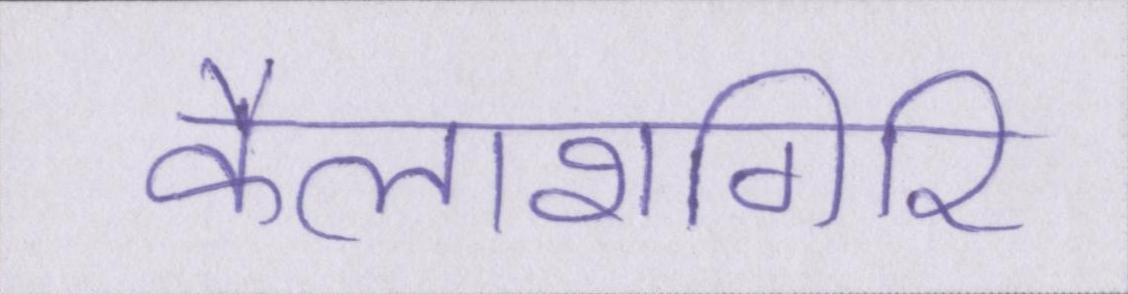
कैलाशगिरि